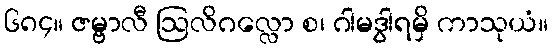
၆၈၄။ ဇမ္ဗာလီ ဩလိဂလ္လော စ၊ ဂါမဒွါရမှိ ကာသုယံ။